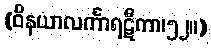
(ဝိနယာလင်္ကာရဋီကာ၊၅၂။)